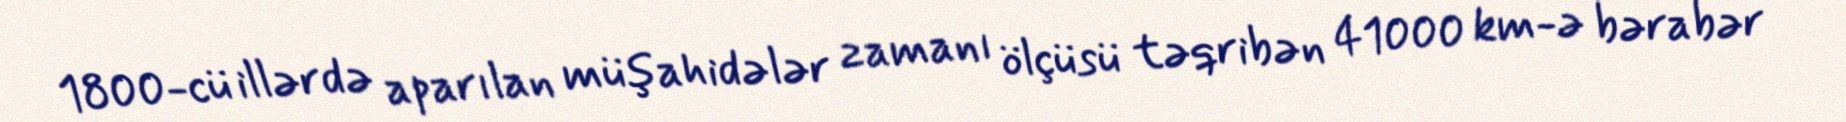
1800-cü illərdə aparılan müşahidələr zamanı ölçüsü təqribən 41000 km-ə bərabər